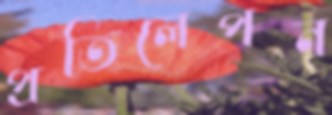
প্রতিলেপন